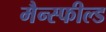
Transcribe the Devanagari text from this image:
मैन्स्फील्ड